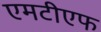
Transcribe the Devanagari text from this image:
एमटीएफ